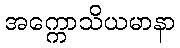
အက္ကောသိယမာနာ